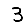
Digit: 3